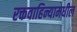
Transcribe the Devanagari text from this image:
रक्तवाहिन्यामधील